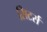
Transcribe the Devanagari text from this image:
सिटर्स